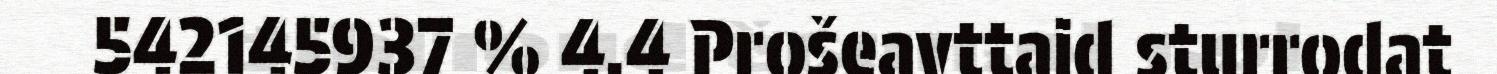
542145937 % 4.4 Prošeavttaid sturrodat